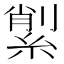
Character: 𦂗